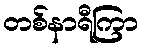
တစ်နာရီကြာ